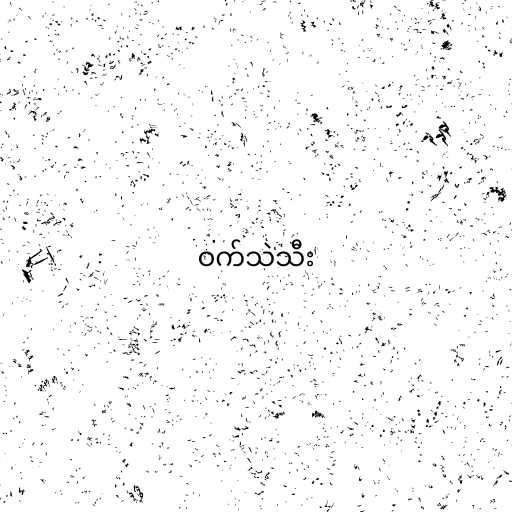
ဝက်သဲသီး